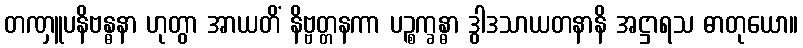
တဏှူပနိဗန္ဓနာ ဟုတွာ အာယတိံ နိဗ္ဗတ္တနကာ ပဉ္စက္ခန္ဓာ ဒွါဒသာယတနာနိ အဋ္ဌာရသ ဓာတုယော။